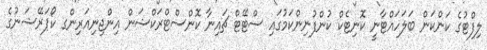
ލިފްޓުގެ ކަންކަން ބަލަހައްޓާނީ ކޮނިޓެކްް ކުންފުނިންކަމުގައި ސްޓޭޓް ޗައިނާ ކޮންސްޓްރަކްޝަން އިންޖިނިއަރިންގ ކޯޕަރޭޝަނުގެ